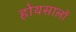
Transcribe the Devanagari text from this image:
होयसालों